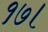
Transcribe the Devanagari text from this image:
१७।